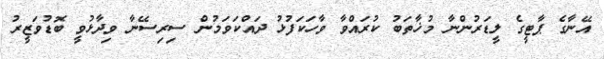
އޭނާގެ ޕާޓީގެ ލީޑަރުންނާ މުޚާތަބު ކުރައްވާ ވާހަކަފުޅު ދައްކަވަމުން ސިރިސޭނާ ވިދާޅުވީ ބޮޑުވަޒީރު